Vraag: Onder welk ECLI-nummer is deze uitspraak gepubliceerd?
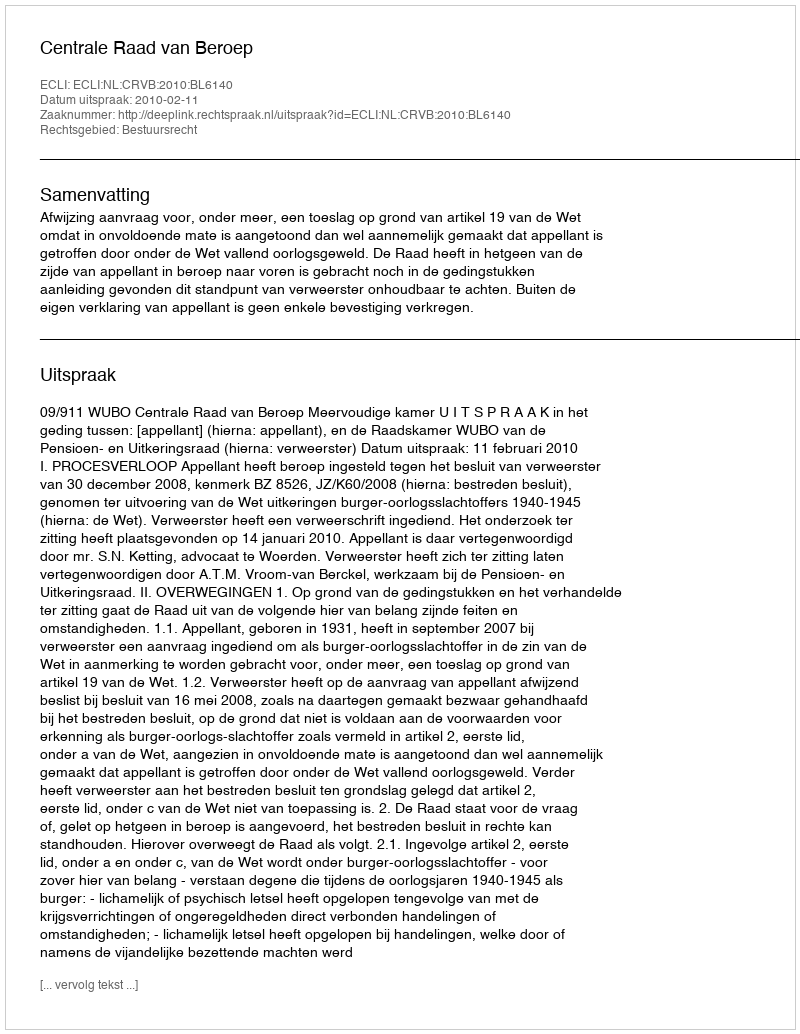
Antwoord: ECLI:NL:CRVB:2010:BL6140